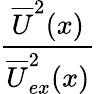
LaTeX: \frac{\overline{{U}}^{2}(x)}{\overline{{U}}_{ex}^{2}(x)}